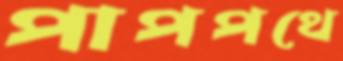
পাপপথে